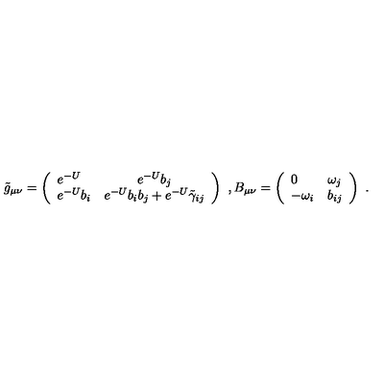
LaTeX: \tilde { g } _ { \mu \nu } = \left( \begin{array} { l c } { e ^ { - U } } & { e ^ { - U } b _ { j } } \\ { e ^ { - U } b _ { i } } & { e ^ { - U } b _ { i } b _ { j } + e ^ { - U } \tilde { \gamma } _ { i j } } \\ \end{array} \right) \ , B _ { \mu \nu } = \left( \begin{array} { l c } { 0 } & { \omega _ { j } } \\ { - \omega _ { i } } & { b _ { i j } } \\ \end{array} \right) \ .